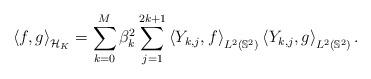
LaTeX: \begin{align*}\left\langle f,g \right\rangle_{\mathcal{H}_K}=\sum_{k=0}^M \beta_k^2\sum_{j=1}^{2k+1} \left\langle Y_{k,j},f\right\rangle_{L^2(\mathbb{S}^2)} \left\langle Y_{k,j},g\right\rangle_{L^2(\mathbb{S}^2)}.\end{align*}